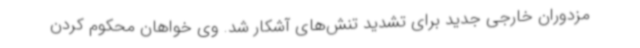
مزدوران خارجی جدید برای تشدید تنش‌های آشکار شد. وی خواهان محکوم کردن